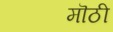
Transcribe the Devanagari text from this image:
मॊठी